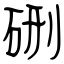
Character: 硎